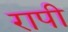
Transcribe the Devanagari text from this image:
रापी